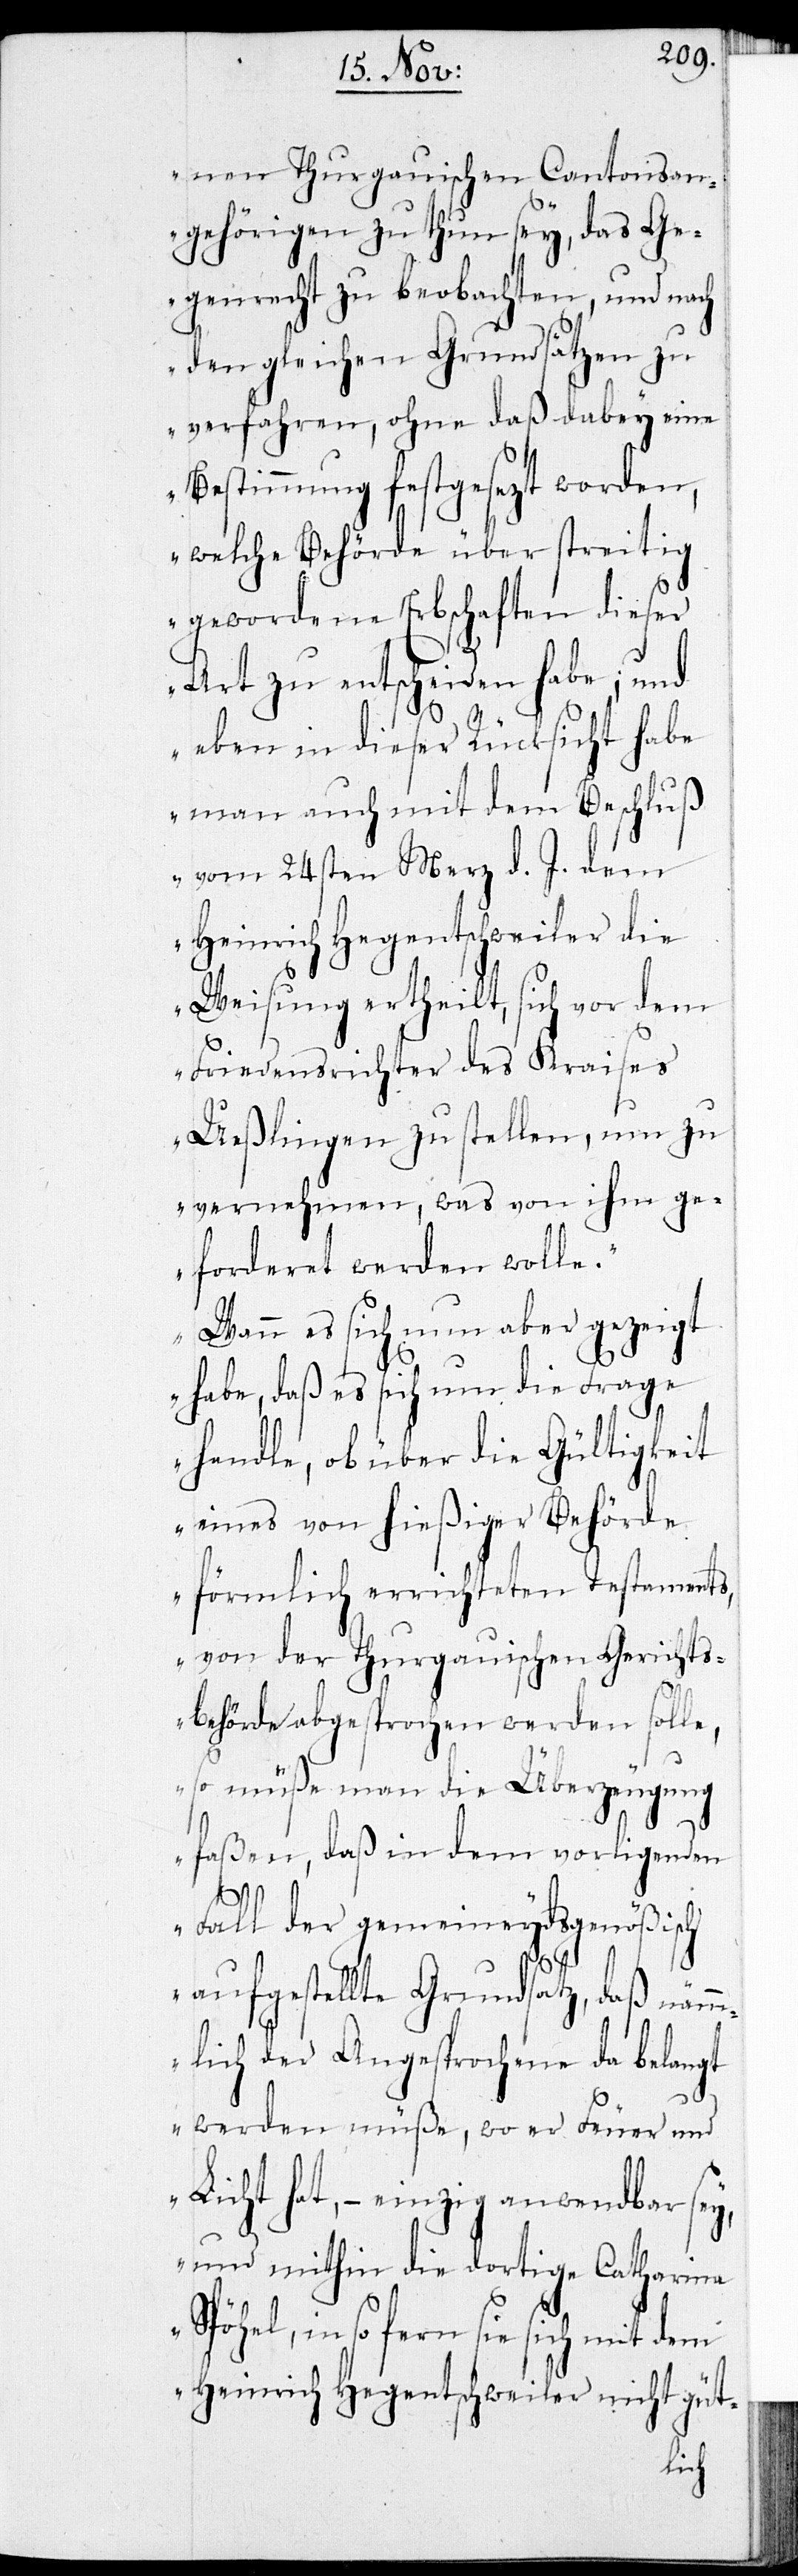
nen Thurgauischen Cantonsan¬
gehörigen zu thun sey, das Ge¬
genrecht zu beobachten, und nach
den gleichen Grundsätzen zu
verfahren, ohne daß dabey eine
Bestimmung festgesezt worden,
welche Behörde über streitig
gewordene Erbschaften dieser
Art zu entscheiden habe; und
eben in dieser Rücksicht habe
man auch mit dem Beschluß
vom 24sten Merz d. J. dem
Heinrich Hegentschweiler die
Weisung ertheilt, sich vor dem
Friedensrichter des Kreises
Ueßlingen zu stellen, um zu
vernehmen, was von ihm ge¬
forderet werden wolle.
Wann es sich nun aber gezeigt
habe, daß es sich um die Frage
handle, ob über die Gültigkeit
eines von hießiger Behörde
förmlich errichteten Testaments,
von der Thurgauischen Gerichts¬
behörde abgesprochen werden solle,
so müße man die Überzeugung
faßen, daß in dem vorligenden
Fall der gemeineydsgenößisch
aufgestellte Grundsatz, daß nämm¬
werden müße, wo er Feuer und
Licht hat, – einzig anwendbar sey,
und mithin die dortige Catharina
Spöhel, in so fern sie sich mit dem
Heinrich Hegentschweiler nicht güt-
lich

belangt